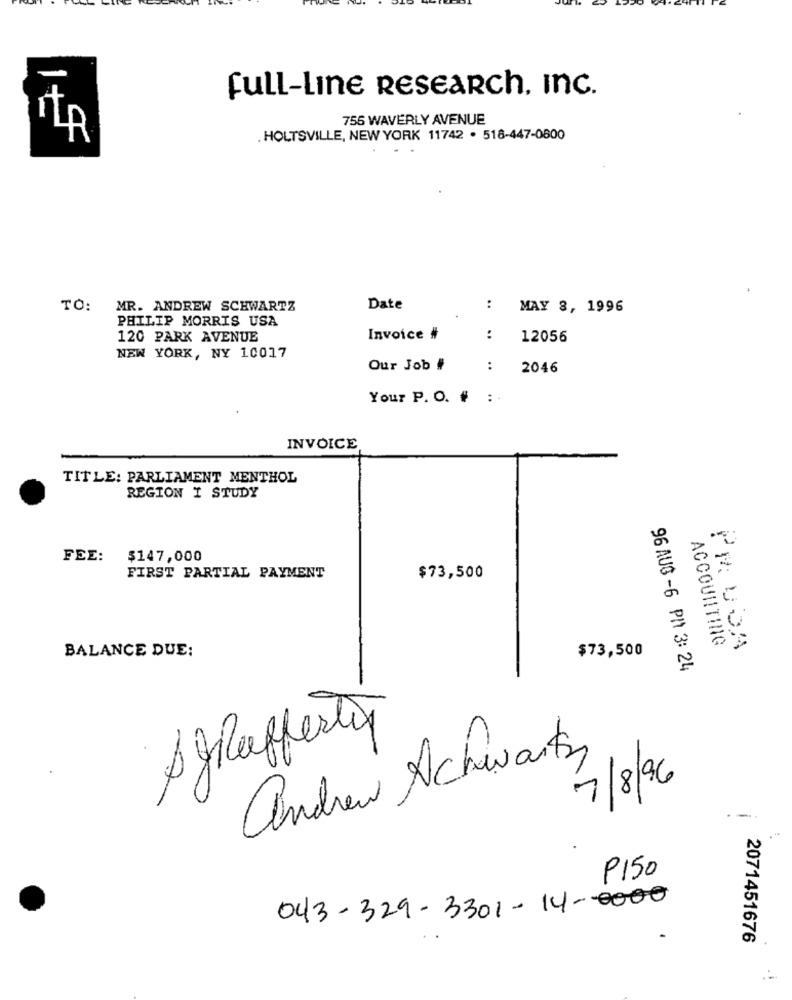
Full-Line RESEARCh, Inc.
756 WAVERLY AVENUE
. HOLTSVILLE, NEW YORK 11742 . 518-447-0800
TO: MR. ANDREW SCHWARTZ
Date
:
MAY 8, 1996
PHILIP MORRIS USA
120 PARK AVENUE
Invoice #
:
12056
NEW YORK, NY 10017
Our Job #
:
2046
Your P. O. # :
INVOICE
TITLE: PARLIAMENT MENTHOL
REGION I STUDY
FEE:
$147,000
FIRST PARTIAL PAYMENT
$73,500
ACCOUIITING
BALANCE DUE:
$73,500
PRUDA
96 AUG -6 PM 3: 24
andrew Schwartz
7/8/96
P150
043-329-3301-14-0000
2071451676